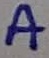
Text: A